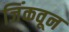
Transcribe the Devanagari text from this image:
जिंकवून